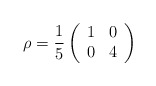
\begin{align*}\rho = \frac{1}{5} \left( \begin{array}{cc} 1 & 0 \\ 0 & 4 \end{array} \right)\end{align*}